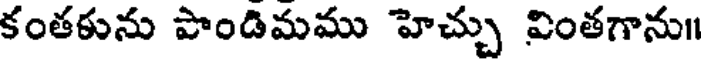
కంతకును పొండిమము హెచ్చు వింతగాను॥